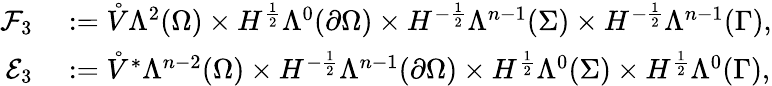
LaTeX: \begin{array}{rl}{\mathcal{F}_{3}}&{{}:=\mathring{V}\Lambda^{2}(\Omega)\times H^{\frac{1}{2}}\Lambda^{0}(\partial\Omega)\times H^{-\frac{1}{2}}\Lambda^{n-1}(\Sigma)\times H^{-\frac{1}{2}}\Lambda^{n-1}(\Gamma),}\\ {\mathcal{E}_{3}}&{{}:=\mathring{V}^{\ast}\Lambda^{n-2}(\Omega)\times H^{-\frac{1}{2}}\Lambda^{n-1}(\partial\Omega)\times H^{\frac{1}{2}}\Lambda^{0}(\Sigma)\times H^{\frac{1}{2}}\Lambda^{0}(\Gamma),}\end{array}